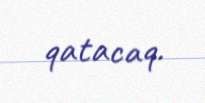
qatacaq.